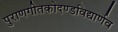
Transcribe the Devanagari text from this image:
पुराणगीतकोदण्डविद्यार्णव